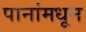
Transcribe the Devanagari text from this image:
पानांमधून